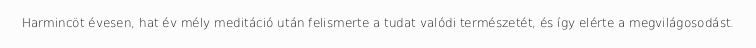
Harmincöt évesen, hat év mély meditáció után felismerte a tudat valódi természetét, és így elérte a megvilágosodást.